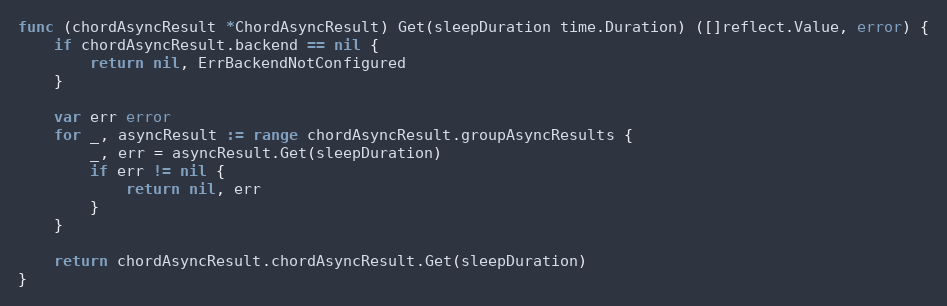
Language: Go
func (chordAsyncResult *ChordAsyncResult) Get(sleepDuration time.Duration) ([]reflect.Value, error) {
	if chordAsyncResult.backend == nil {
		return nil, ErrBackendNotConfigured
	}

	var err error
	for _, asyncResult := range chordAsyncResult.groupAsyncResults {
		_, err = asyncResult.Get(sleepDuration)
		if err != nil {
			return nil, err
		}
	}

	return chordAsyncResult.chordAsyncResult.Get(sleepDuration)
}